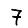
Digit: 7